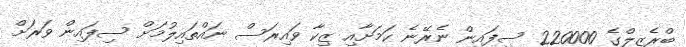
ބްރެޒިލްގެ 220000 ސިފައިން ނެރޭނެ ކަމަށާއި ޒިކާ ވައިރަސް ނައްތައިލުމަށް ސިފައިން ވަރަށް